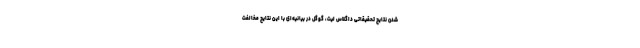
شدن نتایج تحقیقاتی داگلاس لیت، گوگل در بیانیه‌ای با این نتایج مخالفت